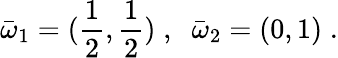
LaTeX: {\bar{\omega}}_{1}=(\frac 1{2},\frac 1{2})\; ,\; \; {\bar{\omega}}_{2}=(0,1)\; .